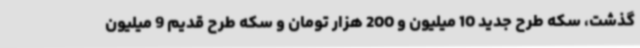
گذشت، سکه طرح جدید 10 میلیون و 200 هزار تومان و سکه طرح قدیم 9 میلیون